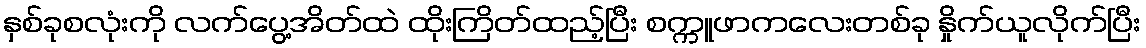
နှစ်ခုစလုံးကို လက်ပွေ့အိတ်ထဲ ထိုးကြိတ်ထည့်ပြီး စက္ကူဖာကလေးတစ်ခု နှိုက်ယူလိုက်ပြီး